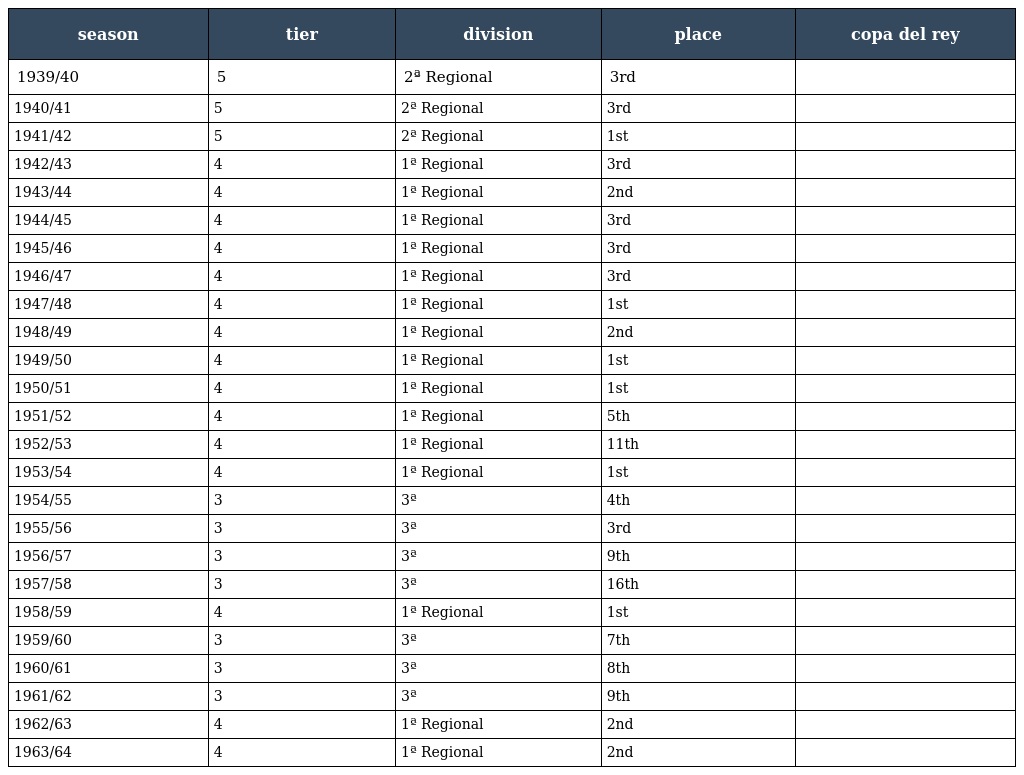
| season | tier | division | place | copa del rey |
 | --- | --- | --- | --- | --- |
 | 1939/40 | 5 | 2ª Regional | 3rd |  |
 | 1940/41 | 5 | 2ª Regional | 3rd |  |
 | 1941/42 | 5 | 2ª Regional | 1st |  |
 | 1942/43 | 4 | 1ª Regional | 3rd |  |
 | 1943/44 | 4 | 1ª Regional | 2nd |  |
 | 1944/45 | 4 | 1ª Regional | 3rd |  |
 | 1945/46 | 4 | 1ª Regional | 3rd |  |
 | 1946/47 | 4 | 1ª Regional | 3rd |  |
 | 1947/48 | 4 | 1ª Regional | 1st |  |
 | 1948/49 | 4 | 1ª Regional | 2nd |  |
 | 1949/50 | 4 | 1ª Regional | 1st |  |
 | 1950/51 | 4 | 1ª Regional | 1st |  |
 | 1951/52 | 4 | 1ª Regional | 5th |  |
 | 1952/53 | 4 | 1ª Regional | 11th |  |
 | 1953/54 | 4 | 1ª Regional | 1st |  |
 | 1954/55 | 3 | 3ª | 4th |  |
 | 1955/56 | 3 | 3ª | 3rd |  |
 | 1956/57 | 3 | 3ª | 9th |  |
 | 1957/58 | 3 | 3ª | 16th |  |
 | 1958/59 | 4 | 1ª Regional | 1st |  |
 | 1959/60 | 3 | 3ª | 7th |  |
 | 1960/61 | 3 | 3ª | 8th |  |
 | 1961/62 | 3 | 3ª | 9th |  |
 | 1962/63 | 4 | 1ª Regional | 2nd |  |
 | 1963/64 | 4 | 1ª Regional | 2nd |  |